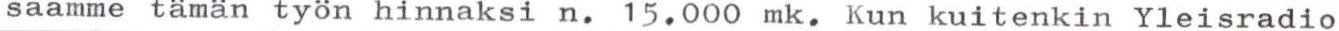
saamme tämän työn hinnaksi n. 15.000 mk. Kun kuitenkin Yleisradio